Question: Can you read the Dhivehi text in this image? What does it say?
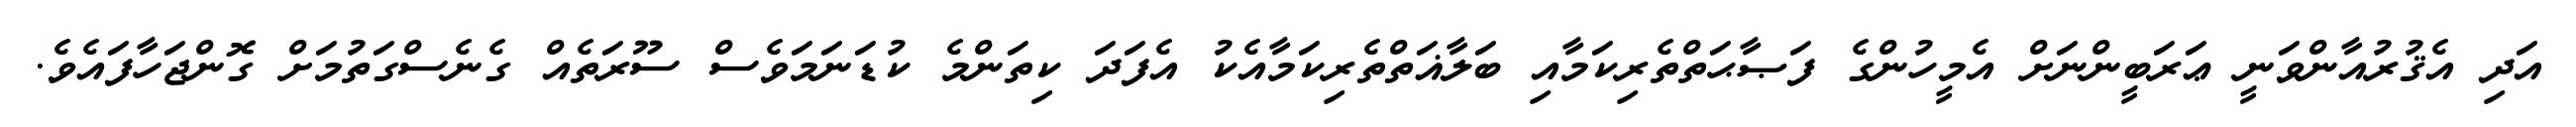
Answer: އަދި އެޤުރުއާންވަނީ ޢަރަބީންނަށް އެމީހުންގެ ފަޞާޙަތްތެރިކަމާއި ބަލާޣަތްތެރިކަމާއެކު އެފަދަ ކިތަންމެ ކުޑަނަމަވެސް ސޫރަތެއް ގެނެސްގަތުމަށް ގޮންޖަހާފައެވެ.